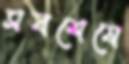
সবশেষে